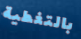
بالتغطية